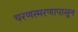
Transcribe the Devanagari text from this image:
चरणस्मरणापासून